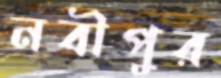
নবীপুর